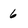
Character: 6